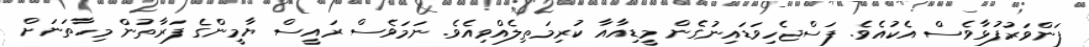
ފަންވަރުފުޅާވެސް އެކުއެވެ. ފަސްޖެހިވަޑައިނުގެން މީޑިއާއާ ކުރިމަތިލެއްވިއެވެ. ނަމަވެސް ރައީސް ޔާމީންގެ ފަރާތުން މިހާތަނަށް